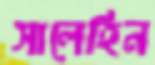
সালেহিন